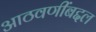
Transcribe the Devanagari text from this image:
आठवणींबद्दल